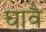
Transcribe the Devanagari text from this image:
घावै